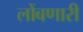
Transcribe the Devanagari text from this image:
लोंबणारी